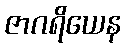
ဇာဂရိယေန